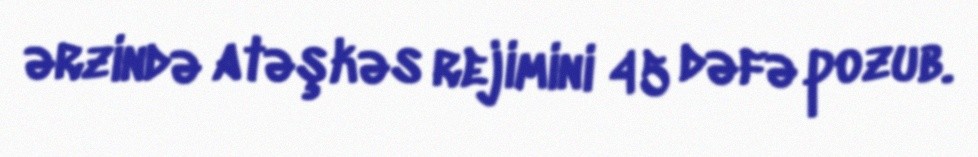
ərzində atəşkəs rejimini 45 dəfə pozub.